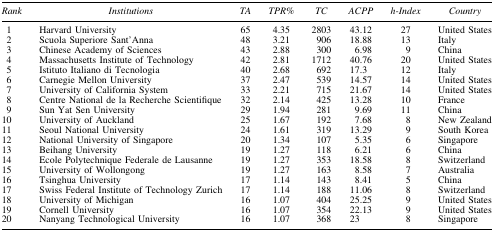
<table><thead><tr><td><b><i>Rank</i></b></td><td><b><i>Institutions</i></b></td><td><b><i>TA</i></b></td><td><b><i>TPR%</i></b></td><td><b><i>TC</i></b></td><td><b><i>ACPP</i></b></td><td><b><i>h-Index</i></b></td><td><b><i>Country</i></b></td></tr></thead><tbody><tr><td> 1</td><td>Harvard University</td><td>65</td><td>4.35</td><td>2803</td><td>43.12</td><td>27</td><td>United States</td></tr><tr><td> 2</td><td>Scuola Superiore Sant&#x27;Anna</td><td>48</td><td>3.21</td><td>906</td><td>18.88</td><td>13</td><td>Italy</td></tr><tr><td> 3</td><td>Chinese Academy of Sciences</td><td>43</td><td>2.88</td><td>300</td><td>6.98</td><td>9</td><td>China</td></tr><tr><td> 4</td><td>Massachusetts Institute of Technology</td><td>42</td><td>2.81</td><td>1712</td><td>40.76</td><td>20</td><td>United States</td></tr><tr><td> 5</td><td>Istituto Italiano di Tecnologia</td><td>40</td><td>2.68</td><td>692</td><td>17.3</td><td>12</td><td>Italy</td></tr><tr><td> 6</td><td>Carnegie Mellon University</td><td>37</td><td>2.47</td><td>539</td><td>14.57</td><td>14</td><td>United States</td></tr><tr><td> 7</td><td>University of California System</td><td>33</td><td>2.21</td><td>715</td><td>21.67</td><td>14</td><td>United States</td></tr><tr><td> 8</td><td>Centre National de la Recherche Scientifique</td><td>32</td><td>2.14</td><td>425</td><td>13.28</td><td>10</td><td>France</td></tr><tr><td> 9</td><td>Sun Yat Sen University</td><td>29</td><td>1.94</td><td>281</td><td>9.69</td><td>11</td><td>China</td></tr><tr><td>10</td><td>University of Auckland</td><td>25</td><td>1.67</td><td>192</td><td>7.68</td><td>8</td><td>New Zealand</td></tr><tr><td>11</td><td>Seoul National University</td><td>24</td><td>1.61</td><td>319</td><td>13.29</td><td>9</td><td>South Korea</td></tr><tr><td>12</td><td>National University of Singapore</td><td>20</td><td>1.34</td><td>107</td><td>5.35</td><td>6</td><td>Singapore</td></tr><tr><td>13</td><td>Beihang University</td><td>19</td><td>1.27</td><td>118</td><td>6.21</td><td>6</td><td>China</td></tr><tr><td>14</td><td>Ecole Polytechnique Federale de Lausanne</td><td>19</td><td>1.27</td><td>353</td><td>18.58</td><td>8</td><td>Switzerland</td></tr><tr><td>15</td><td>University of Wollongong</td><td>19</td><td>1.27</td><td>163</td><td>8.58</td><td>7</td><td>Australia</td></tr><tr><td>16</td><td>Tsinghua University</td><td>17</td><td>1.14</td><td>143</td><td>8.41</td><td>5</td><td>China</td></tr><tr><td>17</td><td>Swiss Federal Institute of Technology Zurich</td><td>17</td><td>1.14</td><td>188</td><td>11.06</td><td>8</td><td>Switzerland</td></tr><tr><td>18</td><td>University of Michigan</td><td>16</td><td>1.07</td><td>404</td><td>25.25</td><td>9</td><td>United States</td></tr><tr><td>19</td><td>Cornell University</td><td>16</td><td>1.07</td><td>354</td><td>22.13</td><td>9</td><td>United States</td></tr><tr><td>20</td><td>Nanyang Technological University</td><td>16</td><td>1.07</td><td>368</td><td>23</td><td>8</td><td>Singapore</td></tr></tbody></table>